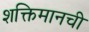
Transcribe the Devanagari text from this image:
शक्तिमानची